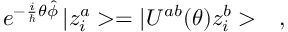
e ^ { - \frac { i } { \hbar } \theta \hat { \phi } } \, | z _ { i } ^ { a } > = | U ^ { a b } ( \theta ) z _ { i } ^ { b } > \ \ \ ,